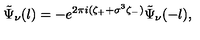
\tilde { \Psi } _ { \nu } ( l ) = - e ^ { 2 \pi i ( \zeta _ { + } + \sigma ^ { 3 } \zeta _ { - } ) } \tilde { \Psi } _ { \nu } ( - l ) ,